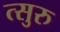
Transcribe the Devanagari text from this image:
त्सुरु